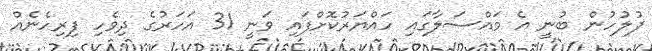
ފުލުހުން ބުނީ އެ މައްސަލާގައި ހައްޔަރުކޮށްފައި ވަނީ 31 އަހަރުގެ ދިވެހި ފިރިހެނެއް